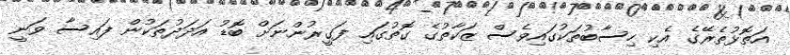
އަތޮޅުތެރޭގެ އެކި ހިސާބުތަކުގައިވެސް ޒަކާތުގެ ގޮތުގައި ފަގީރުންނަށް ބޮޑު އަދަދުތަކުން ފައިސާ ވަނީ